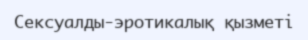
Сексуалды-эротикалық қызметі